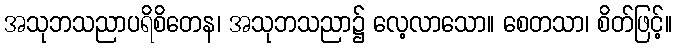
အသုဘသညာပရိစိတေန၊ အသုဘသညာ၌ လေ့လာသော။ စေတသာ၊ စိတ်ဖြင့်။